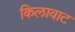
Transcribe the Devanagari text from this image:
किलावाट